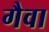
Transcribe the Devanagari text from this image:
गैवा